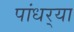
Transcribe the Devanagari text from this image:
पांधर्‍या